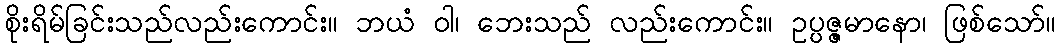
စိုးရိမ်ခြင်းသည်လည်းကောင်း။ ဘယံ ဝါ၊ ဘေးသည် လည်းကောင်း။ ဥပ္ပဇ္ဇမာနော၊ ဖြစ်သော်။